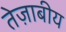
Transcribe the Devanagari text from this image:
तेज़ाबीय